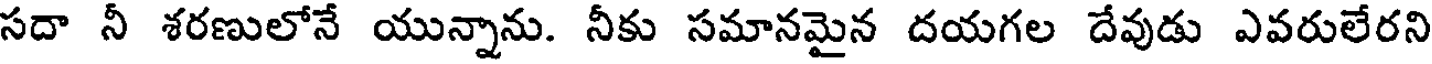
సదా నీ శరణులోనే యున్నాను. నీకు సమానమైన దయగల దేవుడు ఎవరులేరని